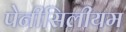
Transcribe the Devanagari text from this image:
पेनीसिलीयम